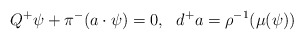
\begin{align*}Q^+\psi + \pi^-(a\cdot \psi) = 0, \, \, \, \, d^+ a = \rho^{-1}(\mu(\psi))\end{align*}